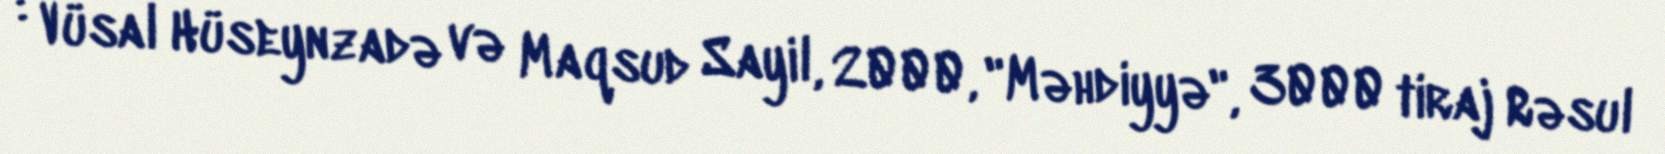
: Vüsal Hüseynzadə və Maqsud Sayil, 2000, "Məhdiyyə", 3000 tiraj Rəsul